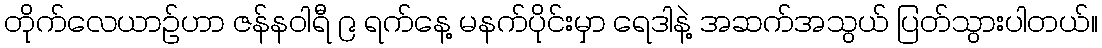
တိုက်လေယာဉ်ဟာ ဇန်နဝါရီ ၉ ရက်နေ့ မနက်ပိုင်းမှာ ရေဒါနဲ့ အဆက်အသွယ် ပြတ်သွားပါတယ်။